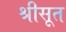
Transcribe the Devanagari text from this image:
श्रीसूत